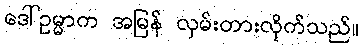
ဒေါ်ဥမ္မာက အမြန် လှမ်းတားလိုက်သည်။